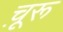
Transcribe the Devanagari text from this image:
चू़रू